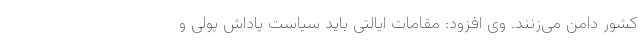
کشور دامن می‌زنند. وی افزود: مقامات ایالتی باید سیاست پاداش پولی و